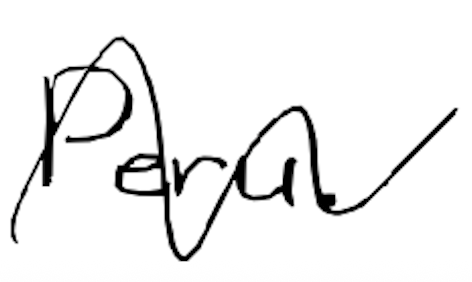
Text: Peru.
Cross-out: wave
Writing tool: digital_black